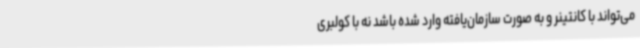
می‌تواند با کانتینر و به‌ صورت سازمان‌یافته وارد شده باشد نه با کولبری